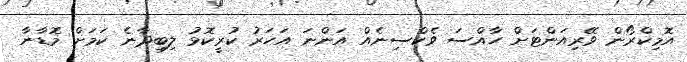
އޮމިކްރޯން ވޭރިއަންޓަށް ހާއްސަ ވެކްސިނެއް އަންނަ އަހަރު ކުރީކޮޅު ލިބިދާނެ ކަމަށް މޮޑާނާ